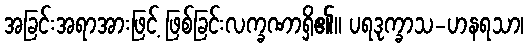
အခြင်းအရာအားဖြင့် ဖြစ်ခြင်းလက္ခဏာရှိ၏။ ပရဒုက္ခာသ-ဟနရသာ၊